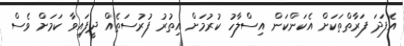
އެފަދަ ފަރާތްތަކަށް އެކަންކަން އިސްލާހު ކުރުމަށް އިތުރު ފުރުސަތެއް ދީފައިވާ ކަމަށް ވެސް